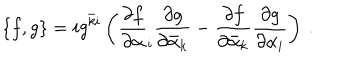
\{ f , g \} = i g ^ { \bar { k } i } \left( \frac { \partial f } { \partial \alpha } _ { i } \frac { \partial g } { \partial \bar { \alpha } _ { k } } - \frac { \partial f } { \partial \bar { \alpha } _ { k } } \frac { \partial g } { \partial \alpha _ { i } } \right) \: .